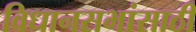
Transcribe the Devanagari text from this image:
विधानसभांसाठी